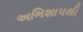
અભિશાપથી